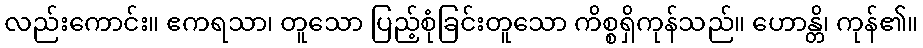
လည်းကောင်း။ ဧကရသာ၊ တူသော ပြည့်စုံခြင်းတူသော ကိစ္စရှိကုန်သည်။ ဟောန္တိ၊ ကုန်၏။